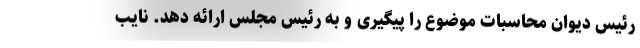
رئیس دیوان محاسبات موضوع را پیگیری و به رئیس مجلس ارائه دهد. نایب